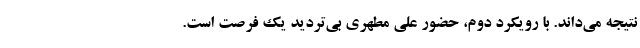
نتیجه می‌داند. با رویکرد دوم، حضور علی مطهری بی‌تردید یک فرصت است.